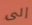
إلى